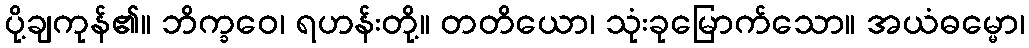
ပို့ချကုန်၏။ ဘိက္ခဝေ၊ ရဟန်းတို့။ တတိယော၊ သုံးခုမြောက်သော။ အယံဓမ္မော၊